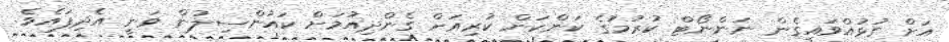
އަށް ގުޅުއްވައިގެން ނަންނޯޓް ކުރުމުގެ ކަންކަން ކުރިއަށް ގެންދިއުމަށް ކައުންސިލުން ވަނީ އެދިފައެވެ.